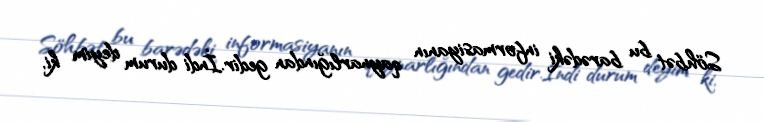
Söhbət bu barədəki informasiyanın qaynarlığından gedir.İndi durum deyim ki,